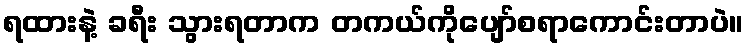
ရထားနဲ့ ခရီး သွားရတာက တကယ်ကိုပျော်စရာကောင်းတာပဲ။